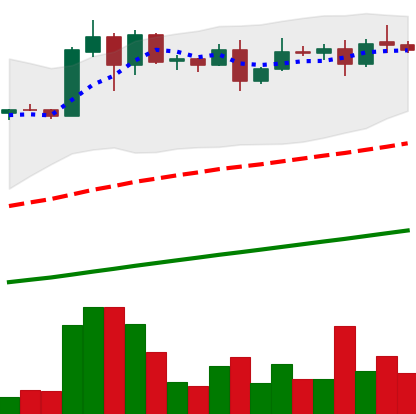
Ticker: ADA-USD
Chart end date: 2020-08-10
Forward return: -3.859%
Label: down_3_5